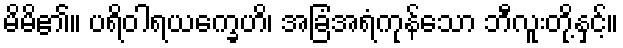
မိမိ၏။ ပရိဝါရယက္ခေဟိ၊ အခြံအရံကုန်သော ဘီလူးတို့နှင့်။